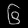
Digit: ၆